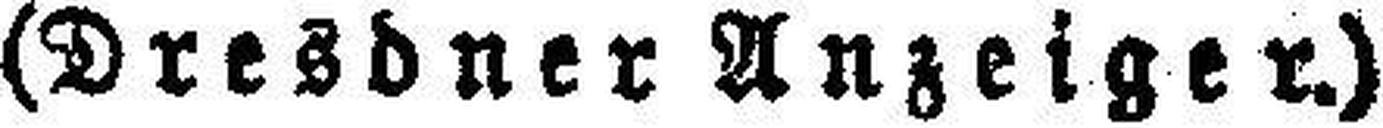
(Dresdner Anzeiger.)